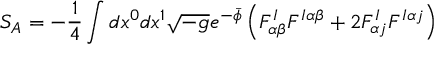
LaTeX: S _ { A } = - \frac { 1 } { 4 } \int d x ^ { 0 } d x ^ { 1 } \sqrt { - g } e ^ { - \bar { \phi } } \left( F _ { \alpha \beta } ^ { I } F ^ { I \alpha \beta } + 2 F _ { \alpha j } ^ { I } F ^ { I \alpha j } \right)